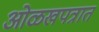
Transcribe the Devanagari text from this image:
ओळखपत्रात